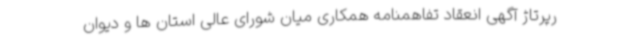
رپرتاژ آگهی انعقاد تفاهمنامه همکاری میان شورای عالی استان ها و دیوان